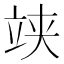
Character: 𥩺